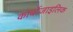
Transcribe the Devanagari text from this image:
कार्बोजाइलिक